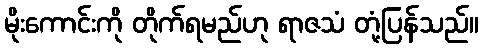
မိုးကောင်းကို တိုက်ရမည်ဟု ရာဇသံ တုံ့ပြန်သည်။